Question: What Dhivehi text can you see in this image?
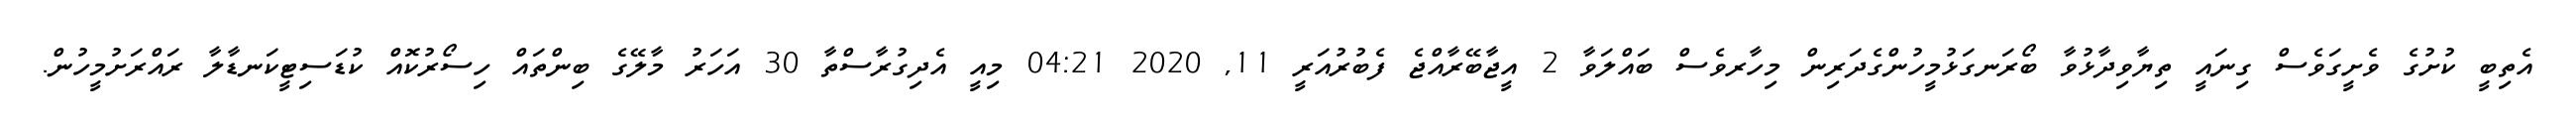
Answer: އެތިބީ ކުށުގެ ވެށީގަވެސް ގިނައީ ތިޔާވިދާޅުވާ ބޯރަނގަޅުމީހުންގެދަރިން މިހާރވެސް ބައްލަވާ 2 އީޖާބޭރާއްޖެ ފެބުރުއަރީ 11, 2020 04:21 މިއީ އެދިގުރާސްތާ 30 އަހަރު މާލޭގެ ބިންތައް ހިސޯރުކޮއް ކުޑަސިޓީކަނޑާލާ ރައްރަށުމީހުން.